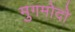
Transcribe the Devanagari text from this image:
मुगमोदो